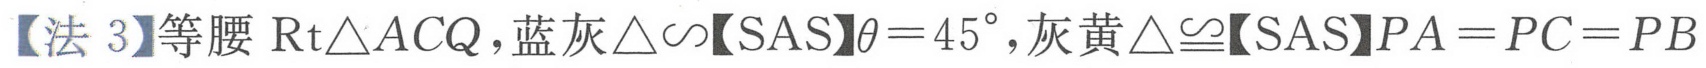
【法 3】等腰\(\text{Rt}\triangle ACQ\)，蓝灰\(\triangle\sim\)【SAS】\(\theta = 45^{\circ}\)，灰黄\(\triangle\cong\)【SAS】\(PA = PC = PB\)